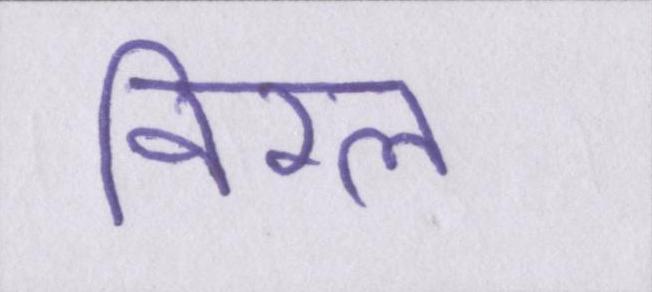
विरल